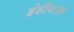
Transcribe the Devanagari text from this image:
इंडीयाज़